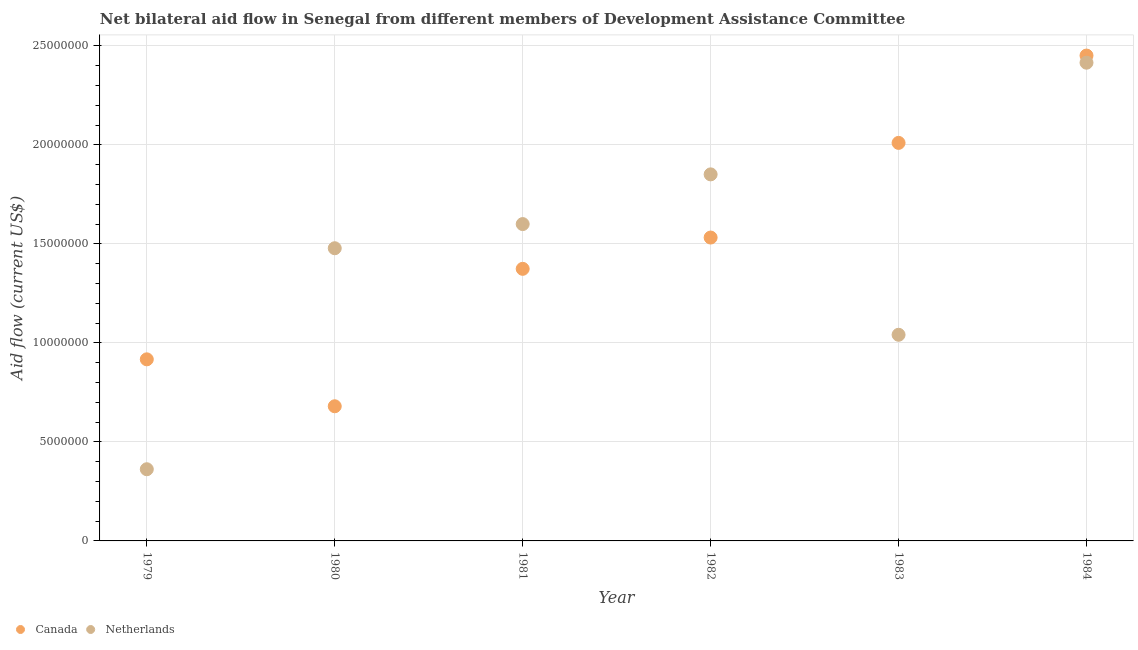
| Year | Canada | Netherlands |
 | --- | --- | --- |
 | 1979 | 9.17e+06 | 3.62e+06 |
 | 1980 | 6.8e+06 | 1.48e+07 |
 | 1981 | 1.37e+07 | 1.6e+07 |
 | 1982 | 1.53e+07 | 1.85e+07 |
 | 1983 | 2.01e+07 | 1.04e+07 |
 | 1984 | 2.45e+07 | 2.42e+07 |